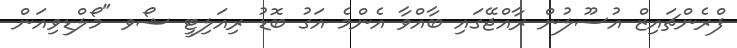
ފްރެންޗައިޒް އުސޫލުން ރާއްޖޭގައި ބާއްވާ އެންމެ އަގު ބޮޑު ރިއަލިޓީ ޝޯވ "މޯލްޑިވިއަން